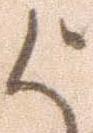
よ